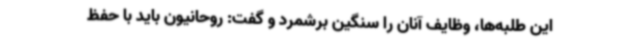
این طلبه‌ها، وظایف آنان را سنگین برشمرد و گفت: روحانیون باید با حفظ